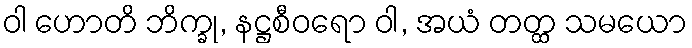
ဝါ ဟောတိ ဘိက္ခု, နဋ္ဌစီဝရော ဝါ, အယံ တတ္ထ သမယော